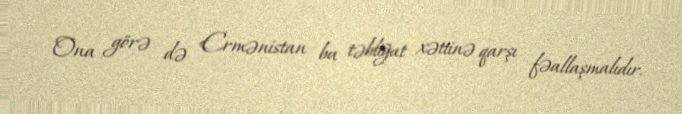
Ona görə də Ermənistan bu təbliğat xəttinə qarşı fəallaşmalıdır.